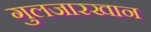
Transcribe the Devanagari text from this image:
गुलजारखान